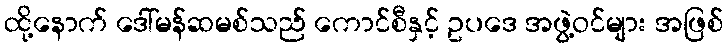
ထို့နောက် ဒေါ်မန်ဆမစ်သည် ကောင်စီနှင့် ဥပဒေ အဖွဲ့ဝင်များ အဖြစ်